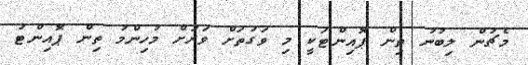
މެޗުން ލިބުނު ތިން ޕޮއިންޓަކީ މި ވަގުތަށް ވަރަށް މުހިންމު ތިން ޕޮއިންޓު